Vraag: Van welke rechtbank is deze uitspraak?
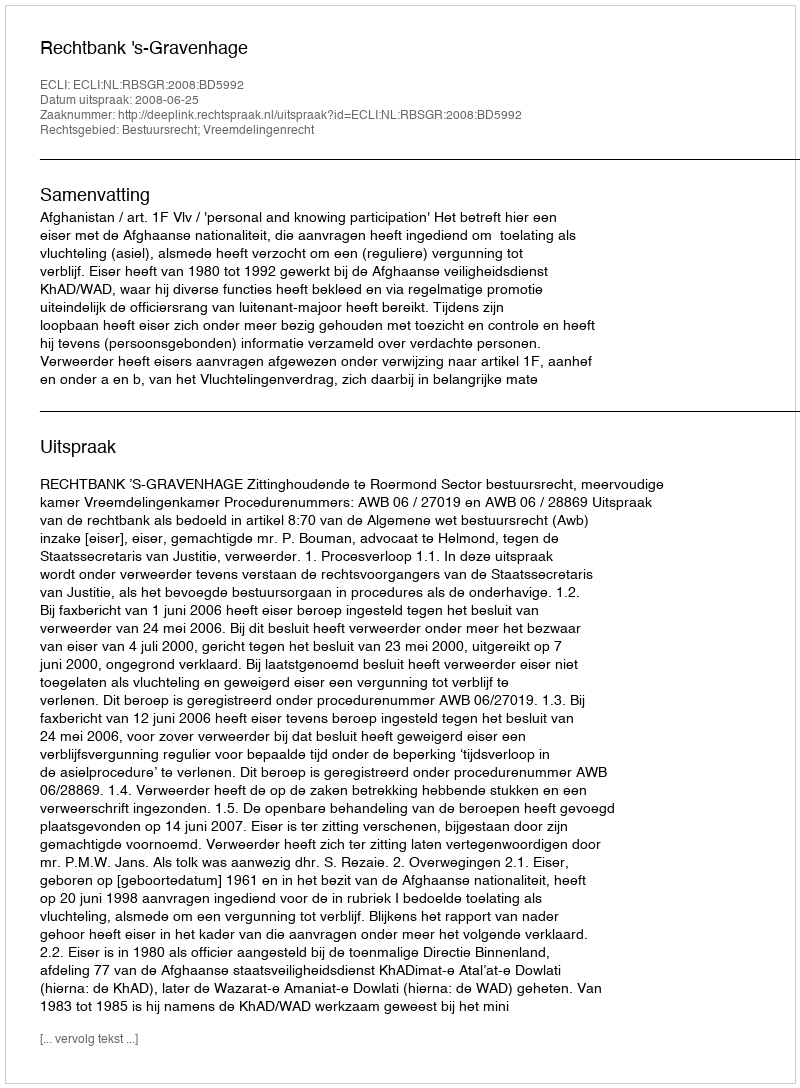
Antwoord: Rechtbank 's-Gravenhage